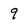
Character: 9